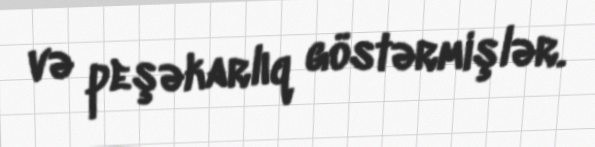
və peşəkarlıq göstərmişlər.